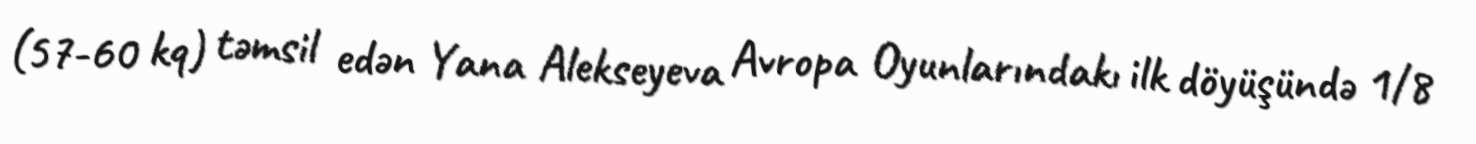
(57-60 kq) təmsil edən Yana Alekseyeva Avropa Oyunlarındakı ilk döyüşündə 1/8